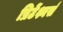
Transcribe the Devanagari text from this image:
प्रिटेंश्नर्स